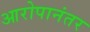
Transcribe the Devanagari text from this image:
आरोपानंतर